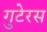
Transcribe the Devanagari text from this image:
गुटेरस